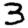
Digit: 3